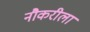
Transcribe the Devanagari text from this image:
नौकरीला